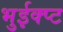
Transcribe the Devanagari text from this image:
भुईक्प्ट